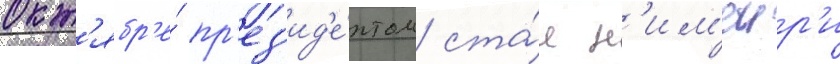
окт'ябр'е́ пр'ез'ид'е́нтом ста́л н'им'еир'и